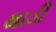
થાડી